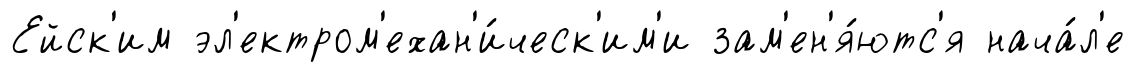
Ейск'им эл'ектром'ехан'и́ческ'им'и зам'ен'я́ютс'я нача́л'е